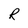
Character: R